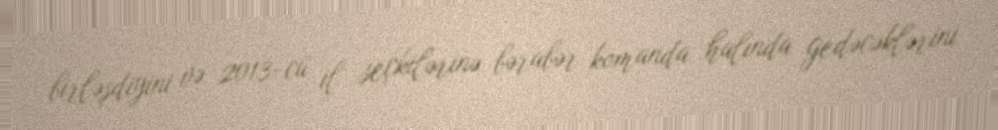
birləşdiyini və 2013-cü il seçkilərinə bərabər komanda halında gedəcəklərini